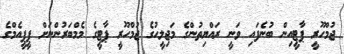
ޖުމްހޫރީ ޕާޓީއިން ބުނެފައި ވަނީ ރައްޔިތުންގެ މަޖިލީހުގެ ޖުމްހޫރީ ޕާޓީގެ މެމްބަރުންނަށް ޕީޕީއެމްގެ